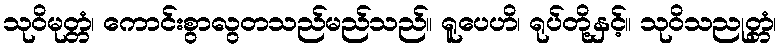
သုဝိမုတ္တံ၊ ကောင်းစွာလွတသည်မည်သည်။ ရူပေဟိ၊ ရုပ်တို့နှင့်။ သုဝိသညုတ္တံ၊